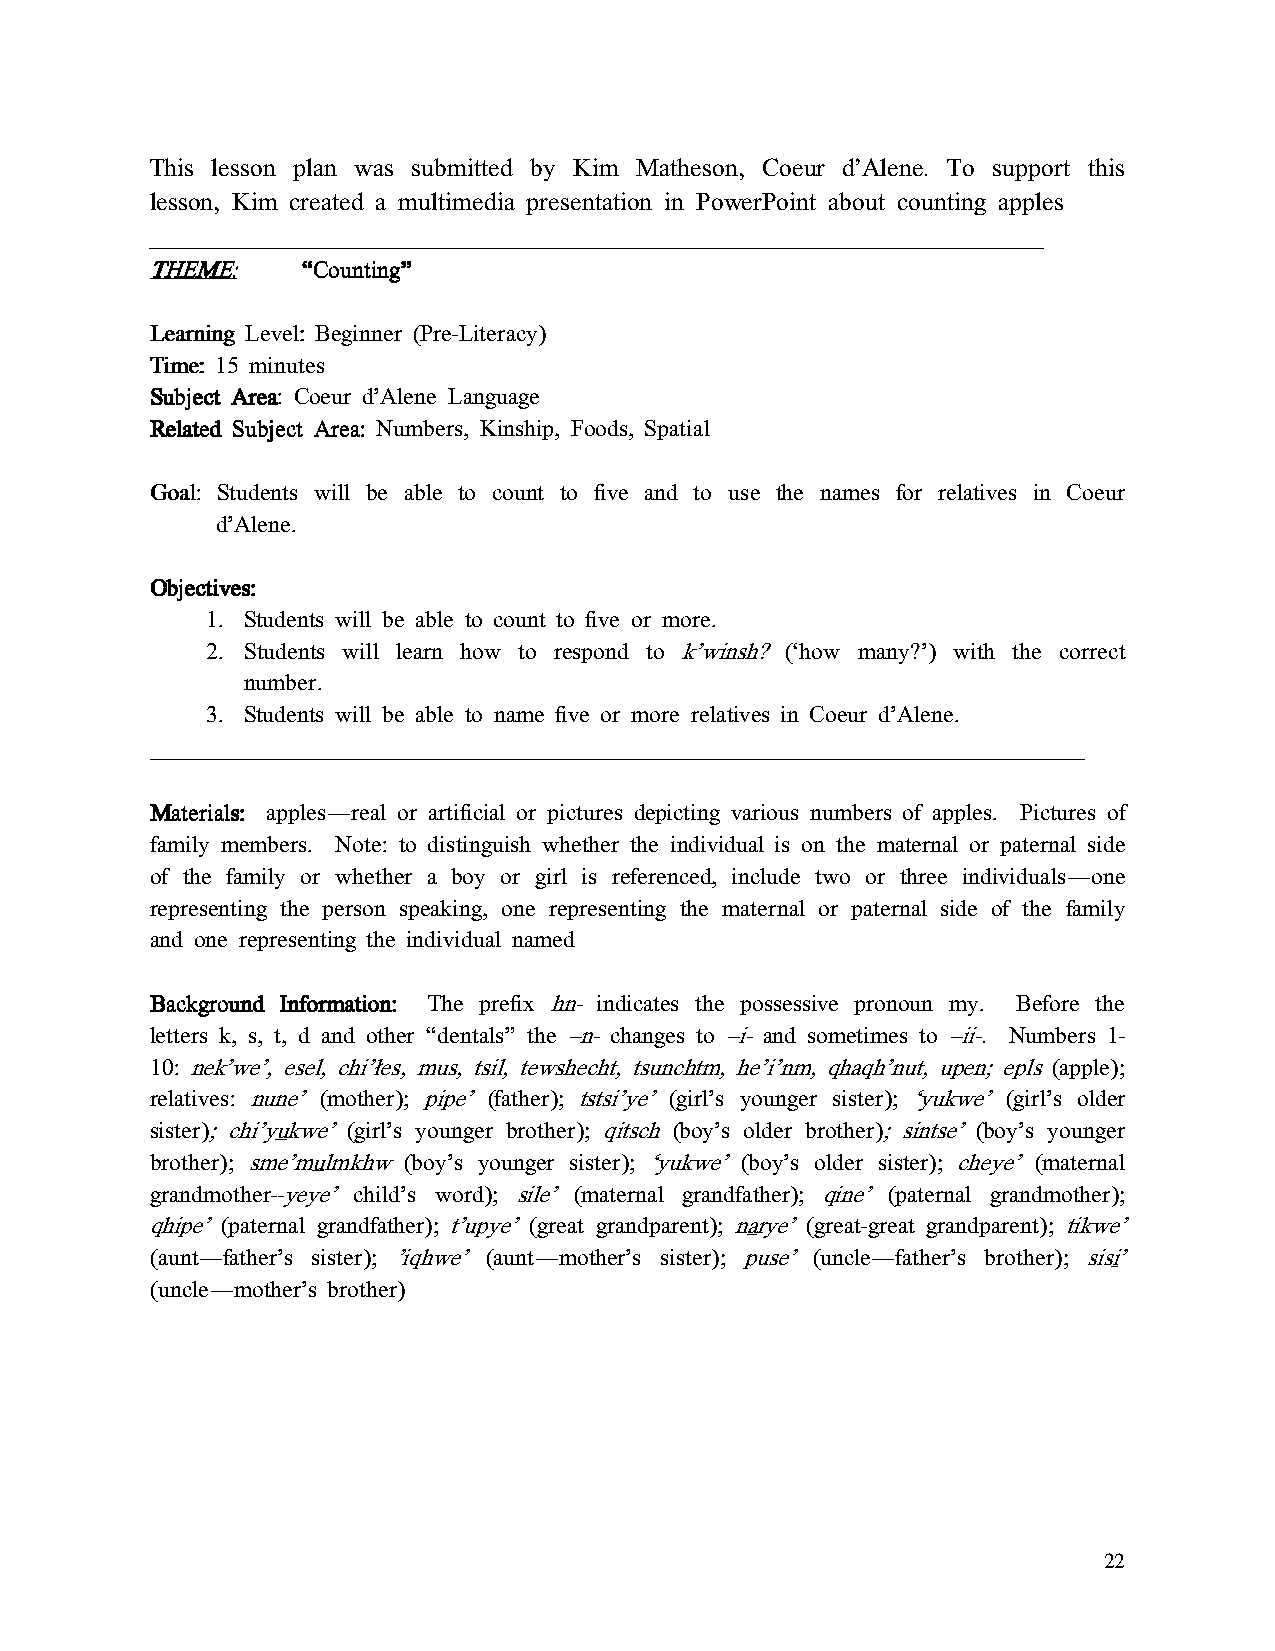
This lesson plan was submitted by Kim Matheson, Coeur d’Alene. To support this
 lesson, Kim created a multimedia presentation in PowerPoint about counting apples
 ____________________________________________________________________________________________________________________________________________________________________________________________________________________________________________________________________
 TTTTHHHHEEEEMMMMEEEE:::: ““““CCCCoooouuuunnnnttttiiiinnnngggg””””
 LLLLeeeeaaaarrrrnnnniiiinnnngggg LLLLeeeevvvveeeellll:::: Beginner (Pre-Literacy)
 TTTTiiiimmmmeeee:::: 15 minutes
 SSSSuuuubbbbjjjjeeeecccctttt AAAArrrreeeeaaaa: Coeur d’Alene Language
 RRRReeeellllaaaatttteeeedddd SSSSuuuubbbbjjjjeeeecccctttt AAAArrrreeeeaaaa:::: Numbers, Kinship, Foods, Spatial
 GGGGooooaaaallll:::: Students will be able to count to five and to use the names for relatives in Coeur
 d’Alene.
 OOOObbbbjjjjeeeeccccttttiiiivvvveeeessss::::
 1. Students will be able to count to five or more.
 2. Students will learn how to respond to k’winsh? (‘how many?’) with the correct
 number.
 3. Students will be able to name five or more relatives in Coeur d’Alene.
 ____________________________________________________________________
 MMMMaaaatttteeeerrrriiiiaaaallllssss:::: apples—real or artificial or pictures depicting various numbers of apples. Pictures of
 family members. Note: to distinguish whether the individual is on the maternal or paternal side
 of the family or whether a boy or girl is referenced, include two or three individuals—one
 representing the person speaking, one representing the maternal or paternal side of the family
 and one representing the individual named
 BBBBaaaacccckkkkggggrrrroooouuuunnnndddd IIIInnnnffffoooorrrrmmmmaaaattttiiiioooonnnn:::: The prefix hn- indicates the possessive pronoun my. Before the
 letters k, s, t, d and other “dentals” the –n- changes to –i- and sometimes to –ii-. Numbers 1-
 10: nek’we’, esel, chi’łes, mus, tsil, tewshecht, tsunchtm, he’i’nm, qhaqh’nut, upen; epls (apple);
 relatives: nune’ (mother); pipe’ (father); tstsi’ye’ (girl’s younger sister); ‘yukwe’ (girl’s older
 sister); chi’yukwe’ (girl’s younger brother); qitsch (boy’s older brother); sintse’ (boy’s younger
 brother); sme’mulmkhw (boy’s younger sister); ‘yukwe’ (boy’s older sister); cheye’ (maternal
 grandmother--yeye’ child’s word); sile’ (maternal grandfather); qine’ (paternal grandmother);
 qhipe’ (paternal grandfather); t’upye’ (great grandparent); narye’ (great-great grandparent); tikwe’
 (aunt—father’s sister); ’iqhwe’ (aunt—mother’s sister); puse’ (uncle—father’s brother); sisi’
 (uncle—mother’s brother)
 22